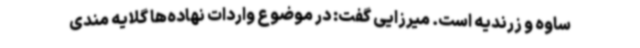
ساوه و زرندیه است. میرزایی گفت: در موضوع واردات نهاده‌ها گلایه مندی